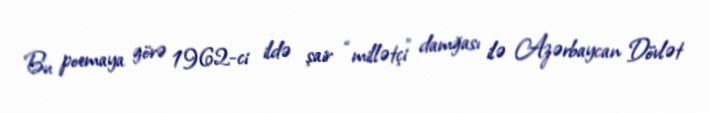
Bu poemaya görə 1962-ci ildə şair “millətçi” damğası ilə Azərbaycan Dövlət